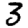
Digit: 3